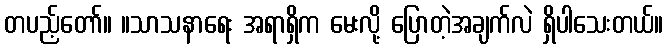
တပည့်တော်။ ။သာသနာရေး အရာရှိက မေးလို့ ပြောတဲ့အချက်လဲ ရှိပါသေးတယ်။